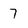
Character: 7